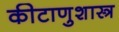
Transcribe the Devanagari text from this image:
कीटाणुशास्त्र